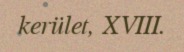
kerület, XVIII.